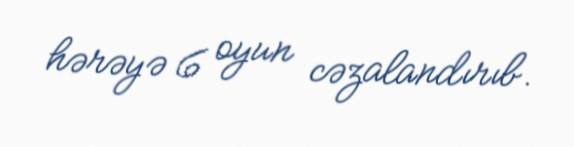
hərəyə 6 oyun cəzalandırıb.